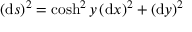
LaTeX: ( \mathrm { d } s ) ^ { 2 } = \cosh ^ { 2 } y \, ( \mathrm { d } x ) ^ { 2 } + ( \mathrm { d } y ) ^ { 2 }